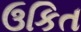
ઉકિત